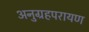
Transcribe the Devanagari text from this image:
अनुग्रहपरायण